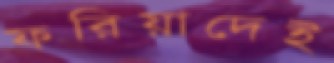
ফরিয়াদেই